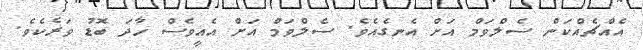
އެއްޗެއްކަން ސެލްވަމް އަށް އެނގެއެވެ. ސެލްްވަމް އަށް އެއީވެސް ހާދަ ބޮޑު ވަރެކެވެ.